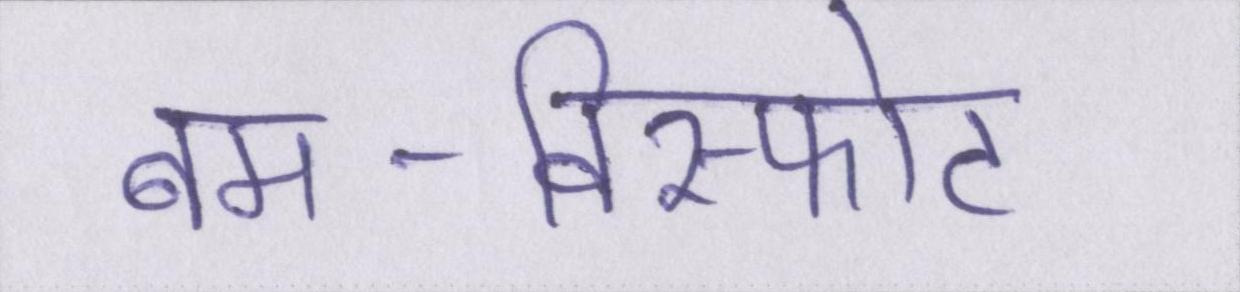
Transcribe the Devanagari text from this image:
बम-विस्फोट